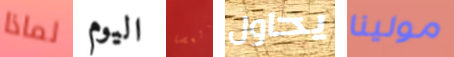
لماذا اليوم بالعصا يحاول مولينا